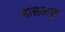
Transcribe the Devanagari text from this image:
मासलपुर